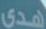
هدى